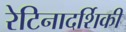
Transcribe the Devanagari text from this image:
रेटिनादर्शिकी